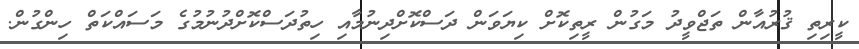
ކީރިތި ޤުރުއާން ތަޖްވީދު މަގުން ރީތިކޮށް ކިޔަވަން ދަސްކޮށްދިނުމާއި ހިތުދަސްކޮށްދުނުމުގެ މަސައްކަތް ހިންގުން.